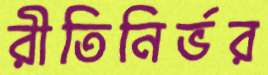
রীতিনির্ভর